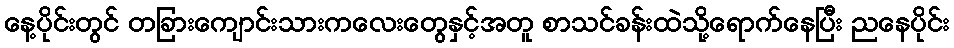
နေ့ပိုင်းတွင် တခြားကျောင်းသားကလေးတွေနှင့်အတူ စာသင်ခန်းထဲသို့ရောက်နေပြီး ညနေပိုင်း